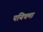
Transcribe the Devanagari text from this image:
पयिचमा